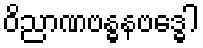
ဝိညာဏဗန္ဓနဗဒ္ဓေါ